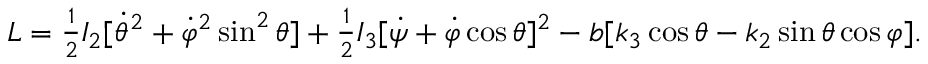
\begin{array} { r } { L = \frac 1 2 I _ { 2 } [ \dot { \theta } ^ { 2 } + \dot { \varphi } ^ { 2 } \sin ^ { 2 } \theta ] + \frac 1 2 I _ { 3 } [ \dot { \psi } + \dot { \varphi } \cos \theta ] ^ { 2 } - b [ k _ { 3 } \cos \theta - k _ { 2 } \sin \theta \cos \varphi ] . } \end{array}